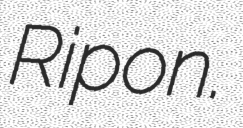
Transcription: Ripon.